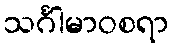
သင်္ဂါမာဝစရာ